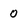
Character: 0